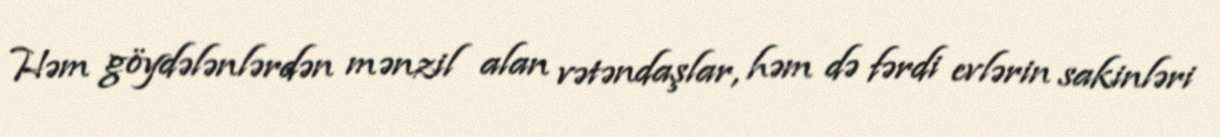
Həm göydələnlərdən mənzil alan vətəndaşlar, həm də fərdi evlərin sakinləri